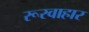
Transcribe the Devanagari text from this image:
रूरवाहार